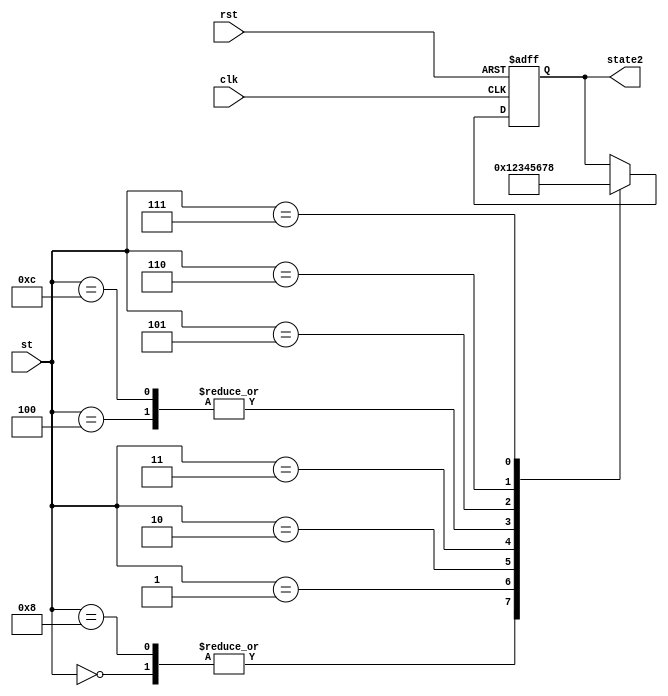
module lcdstate(clk, rst, st, state2);  //   state 10  state 8.

input clk, rst;
input [3:0] st;

output [3:0] state2;

parameter stateA1 = 4'b0000;
parameter stateB = 4'b0001;
parameter stateC = 4'b0010;
parameter stateD = 4'b0011;
parameter stateE1 = 4'b0100;
parameter stateF = 4'b0101;
parameter stateG = 4'b0110;
parameter stateH = 4'b0111;

parameter stateA2 = 4'b1000;
parameter stateE2 = 4'b1100;

reg [3:0] state2;

always @(posedge clk or negedge rst) begin
    if(!rst)
        state2 <= 4'b0010;
     else begin
        case(st)
            stateA1 : state2 <= 4'b0001;
            stateA2 : state2 <= 4'b0001;
            stateB  : state2 <= 4'b0010;
            stateC  : state2 <= 4'b0011;
            stateD  : state2 <= 4'b0100;
            stateE1 : state2 <= 4'b0101;
            stateE2 : state2 <= 4'b0101;
            stateF  : state2 <= 4'b0110;
            stateG  : state2 <= 4'b0111;
            stateH  : state2 <= 4'b1000;
        endcase
        end
   end 
 endmodule